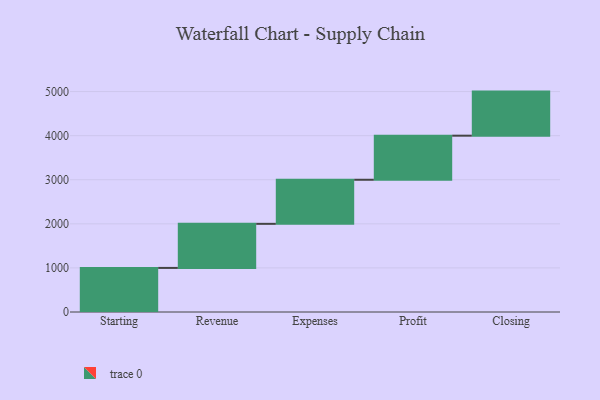
{"axis": {"x": "Step", "y": "Value"}, "legend": [""], "data": [{"x": "Starting", "y": 1000, "type": ""}, {"x": "Revenue", "y": 1000, "type": ""}, {"x": "Expenses", "y": 1000, "type": ""}, {"x": "Profit", "y": 1000, "type": ""}, {"x": "Closing", "y": 1000, "type": ""}]}